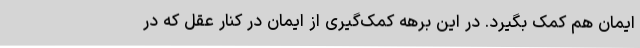
ایمان هم کمک بگیرد. در این برهه کمک‌گیری از ایمان در کنار عقل که در